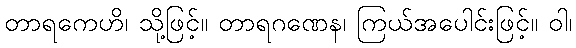
တာရကေဟိ၊ သို့ဖြင့်။ တာရဂဏေန၊ ကြယ်အပေါင်းဖြင့်။ ဝါ၊